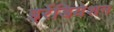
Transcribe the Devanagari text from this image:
इर्रेडियेशन